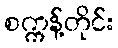
စက္ကန့်တိုင်း